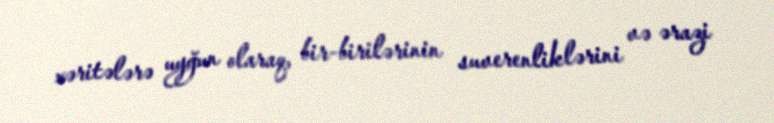
xəritələrə uyğun olaraq, bir-birilərinin suverenliklərini və ərazi